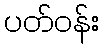
ပတ်ဝန်း